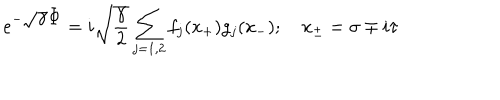
LaTeX: e ^ { - \displaystyle \sqrt { \gamma } \Phi } = { i \sqrt { \frac { \gamma } { 2 } } } \sum _ { j = 1 , 2 } f _ { j } ( x _ { + } ) g _ { j } ( x _ { - } ) ; \quad x _ { \pm } = \sigma \mp i \tau